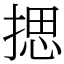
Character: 揌